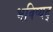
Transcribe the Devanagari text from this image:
भविष्यद्